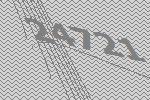
24721